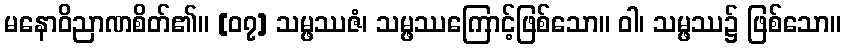
မနောဝိညာဏစိတ်၏။ [၀၇] သမ္ဖဿဇံ၊ သမ္ဖဿကြောင့်ဖြစ်သော။ ဝါ၊ သမ္ဖဿ၌ ဖြစ်သော။